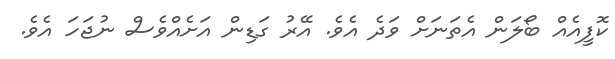
ކޮފީއެއް ބޯލަން އެތަނަށް ވަދެ އެވެ. އޭރު ގަޑިން އަށެއްވެސް ނުޖަހަ އެވެ.